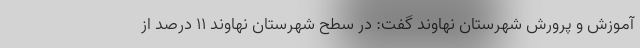
آموزش و پرورش شهرستان نهاوند گفت: در سطح شهرستان نهاوند ۱۱ درصد از